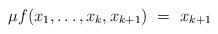
LaTeX: \begin{align*}\mu f(x_1, \ldots, x_k, x_{k+1})\ = \ x_{k + 1}\end{align*}